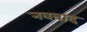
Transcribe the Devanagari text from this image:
नववाद